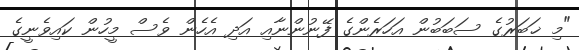
"މި ޚަބަރުގެ ސަބަބުން އަހަރެންގެ ފޭނުންނާއި އަދި އެހެން ވެސް މީހުން ކައިވެނީގެ